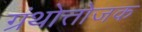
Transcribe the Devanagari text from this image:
ग्रंथोत्तोजक